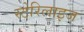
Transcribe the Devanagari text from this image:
स्टेरिलाइज